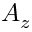
A _ { z }